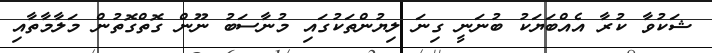
ޝަކުވާ ކުރާ އެއްބަޔަކު ބުނަނީ ގިނަ ލިޔުންތަކުގައި މުނާސަބު ނޫން ގޮތްގޮތުން މަލާމާތާއި